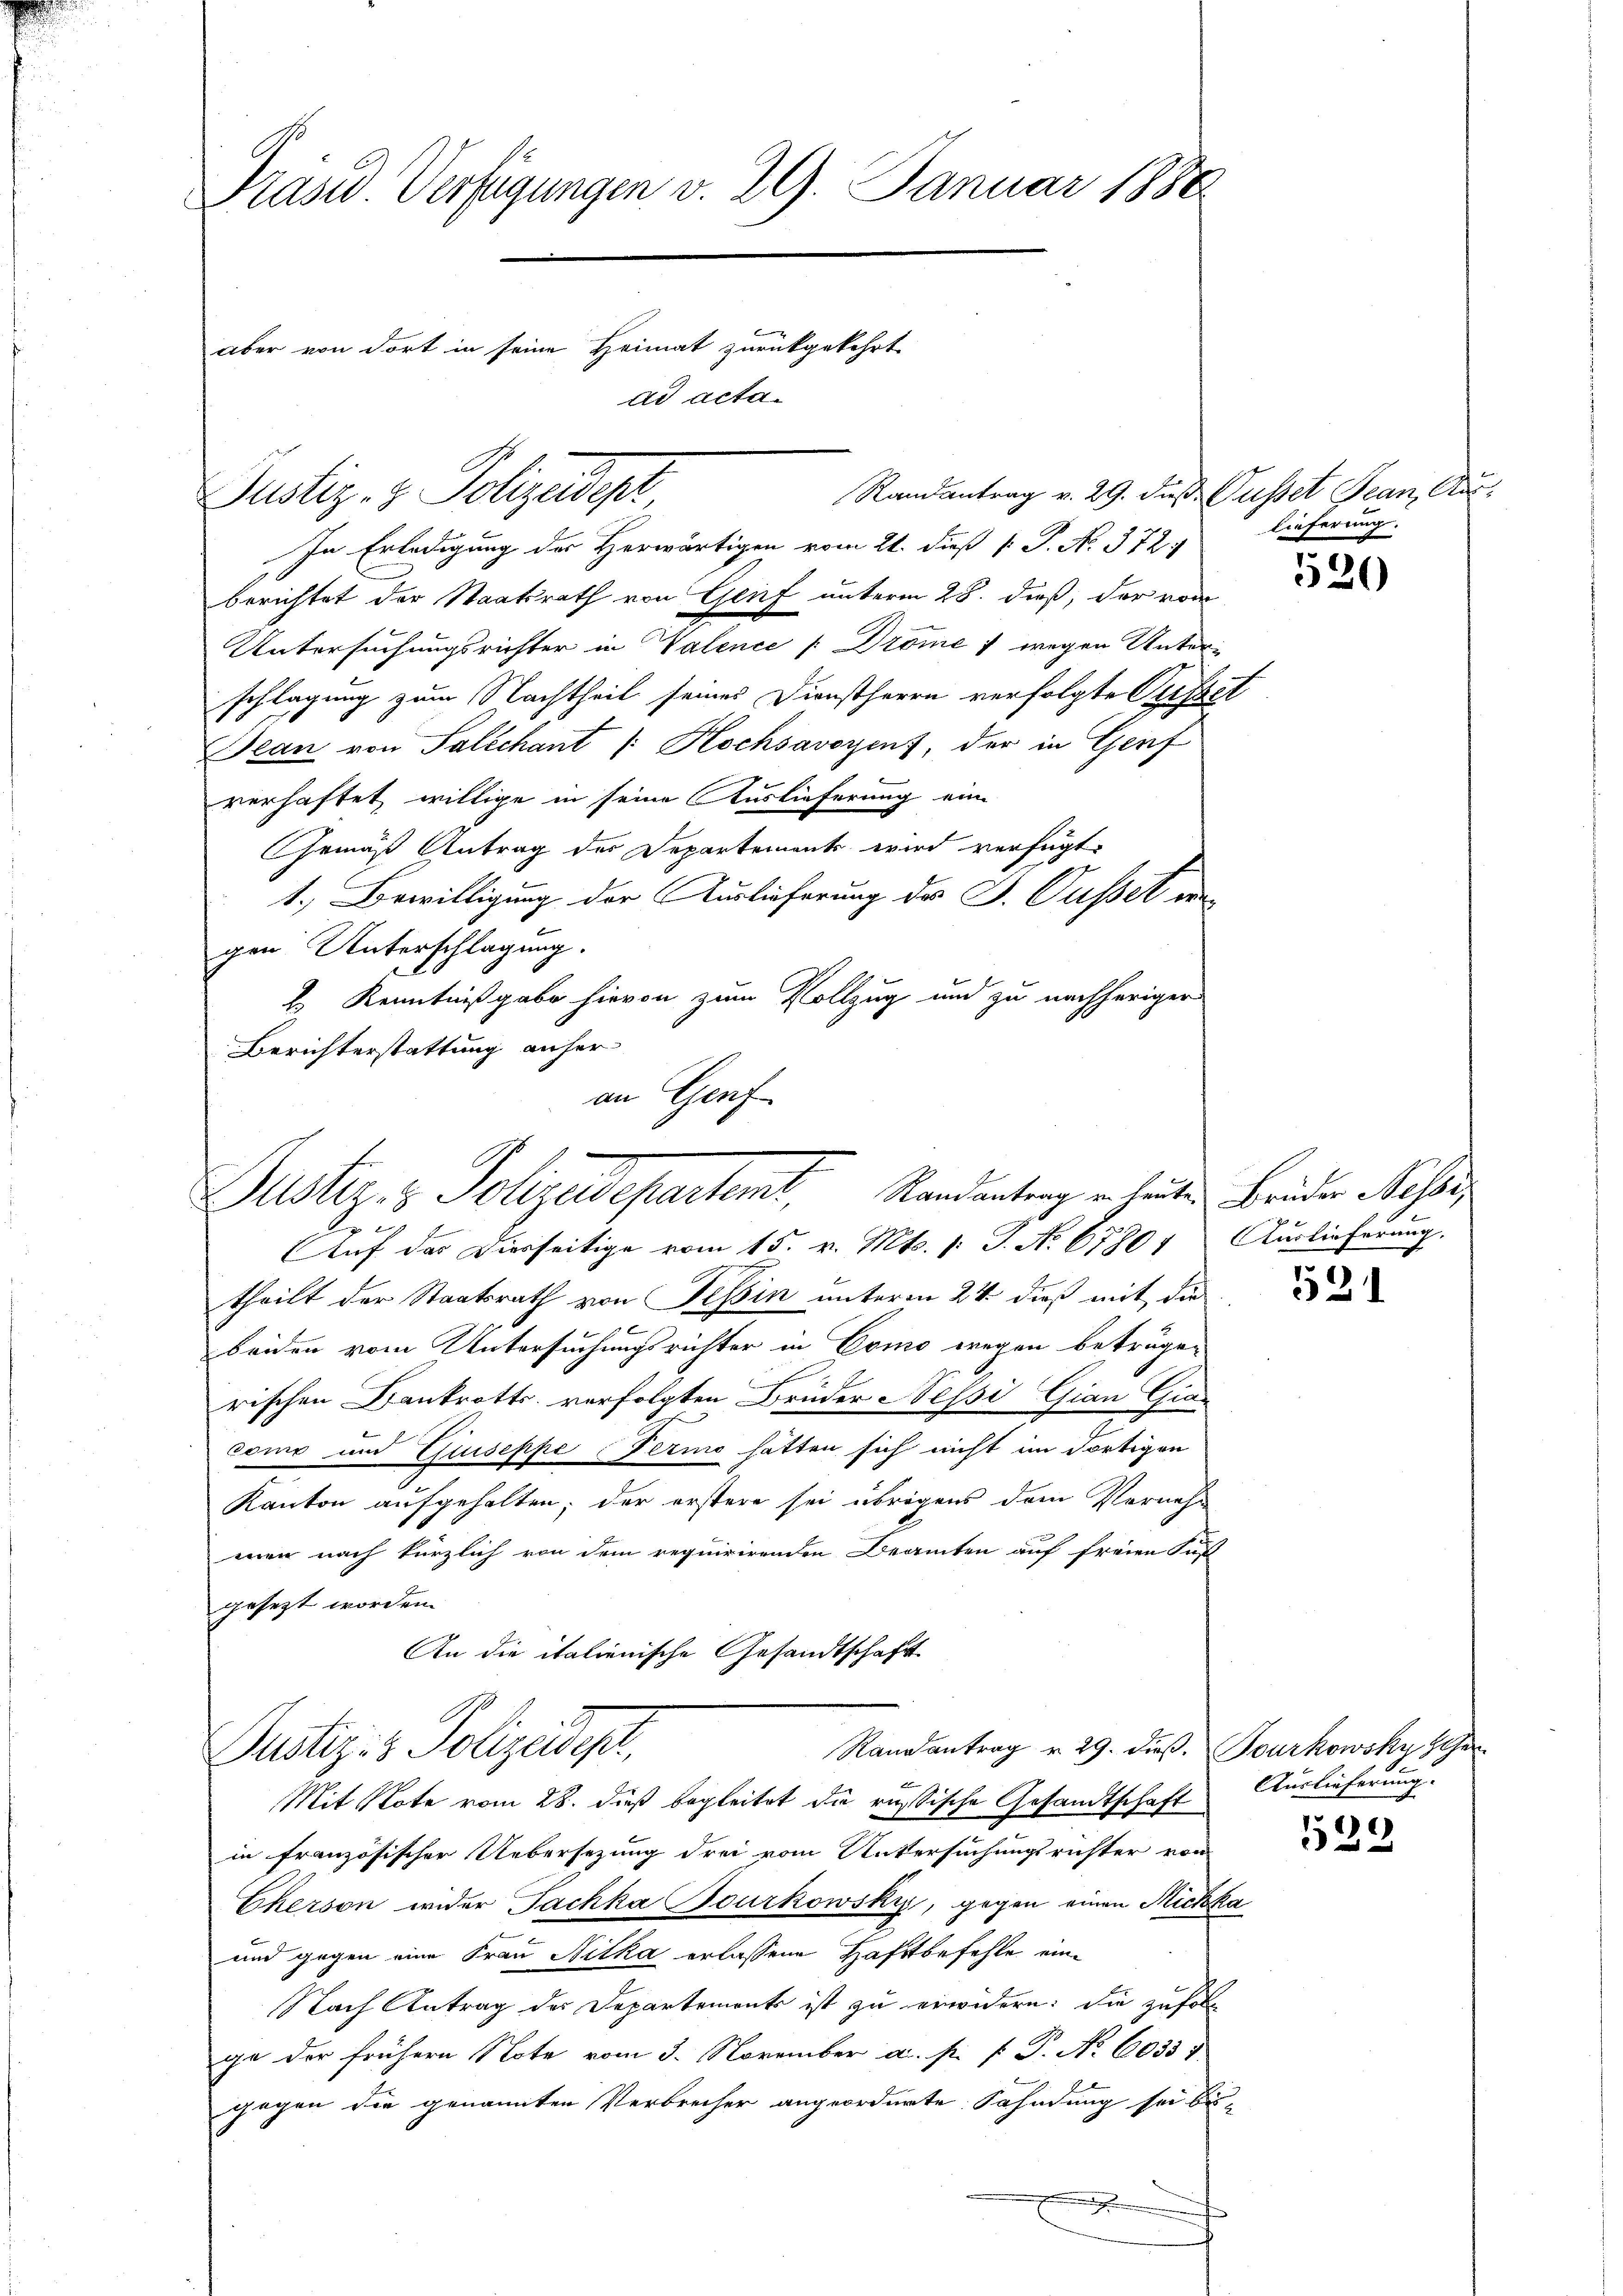
Präsid. Verfügungen v. 29. Januar 1888
aber von dort in seine Heimat zurückgekehrt
ad acta.

Justiz- & Polizeadept

Randantrag v. 29. Fuß. Gusset Jean, Aus¬
In Erledigung des Herwärtigen vom 21. dieß P. P. N. 372.
berichtet der Staatsrath von Genf unterm 28. dieß, der von
Untersuchungsrichter in Valence [Dröme 1 wegen Unterschlagung zum Nachtheil seines Dienstherrn verfolgte Verset
Jean von Saltchant /: Hochsavoyens, der in Genf
verhaftet willige in seine Auslieferung ein
Gemäß Antrag der Departements wird verfügt:
1.) Bewilligung der Auslieferung des J. Gusset we
gen Unterschlagung.
E Kenntnißgabe hievon zum Vollzug und zu nachheriger
Berichterstattung anher
an Genf

Justiz- & Polizeidepartemt Randantung in leiten Brüder Messe
Auf das Dierseitige vom 15. v. Mts. v. J. No 67804 Auslieferung.

theilt der Staatsrath von Tessin unterm 24 dieß mit die
beiden vom Untersuchungsrichter in Como wegen betrüge¬
E
rischen Krankrotts verfolgten Bruder Nessi Gian Gia
n
como und Quiseppe Fermo hätten sich nicht im dortigen
Kanton aufgehalten; der erstere sei übrigens dem Vernehmen nach kürzlich von dem requirirenden Beamten auf freien Sust
gesezt worden.
An die italienische Gesandtschaft

Randantrag v. 29. dieß. Tourkowsky Her
Justiz- & Polizeide,
Mit Note vom 28. dieß begleitet die russische Gesandtschaft

in französischer Uebersezung drei vom Untersuchungsrichter von
Cherson wider Fachka Bourkowsky, gegen einen Rickka
und gegen eine Frau Nitka erlassene Haftbefehle ein¬
Nach Antrag des Departements ist zu erwidern: die zufolge der frühern Note vom 3. November a. p. P. P. Nr. 6033)
gegen die genannten Verbrecher angeordnete Sahndung sei bis-
Fond

lieferung.

520

521

Auslieferung. |

529